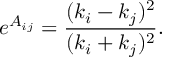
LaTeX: e ^ { A _ { i j } } = { \frac { ( k _ { i } - k _ { j } ) ^ { 2 } } { ( k _ { i } + k _ { j } ) ^ { 2 } } } .